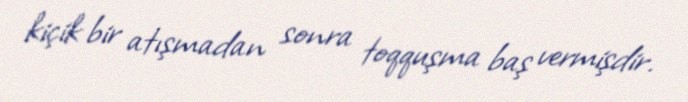
kiçik bir atışmadan sonra toqquşma baş vermişdir.